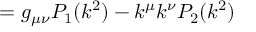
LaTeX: = g _ { \mu \nu } P _ { 1 } ( k ^ { 2 } ) - k ^ { \mu } k ^ { \nu } P _ { 2 } ( k ^ { 2 } )